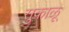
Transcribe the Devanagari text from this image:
सुकाळू